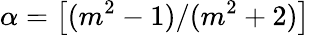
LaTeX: \alpha=\left[(m^{2}-1)/(m^{2}+2)\right]